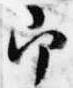
即